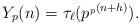
LaTeX: \begin{align*} Y_{p}(n) = \tau_{\ell}(p^{_p(n+h)}).\end{align*}